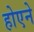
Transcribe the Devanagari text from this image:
होएने